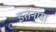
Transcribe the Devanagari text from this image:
इतनासा